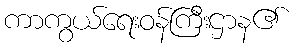
ကာကွယ်ရေးဝန်ကြီးဌာန၏